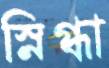
স্নিগ্ধা